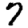
Digit: 7